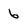
Character: 6